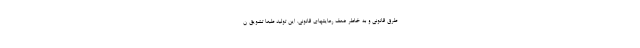
طرق قانونی و به خاطر ضعف رعایتهای قانونی. این تولید طبعاً تشویق ن